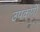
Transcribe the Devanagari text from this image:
उपकर्णों